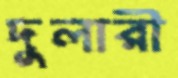
দুলারী